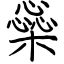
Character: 橤